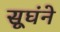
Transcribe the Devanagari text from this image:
सूघंने